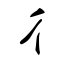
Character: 彳